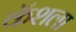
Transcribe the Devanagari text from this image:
कॅशला